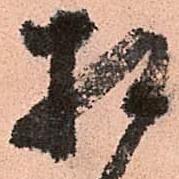
相